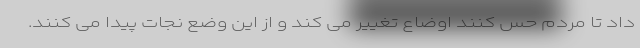
داد تا مردم حس کنند اوضاع تغییر می کند و از این وضع نجات پیدا می کنند.